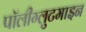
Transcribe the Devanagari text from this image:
पॉलीग्लुटमाइन